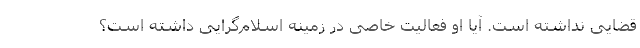
قضایی نداشته است. آیا او فعالیت خاصی در زمینه اسلام‌گرایی داشته است؟